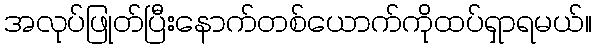
အလုပ်ဖြုတ်ပြီးနောက်တစ်ယောက်ကိုထပ်ရှာရမယ်။